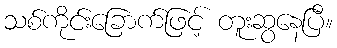
သစ်ကိုင်းခြောက်ဖြင့် တူးဆွနေပြီ။